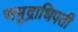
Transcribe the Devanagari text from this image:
समुद्राधिपती